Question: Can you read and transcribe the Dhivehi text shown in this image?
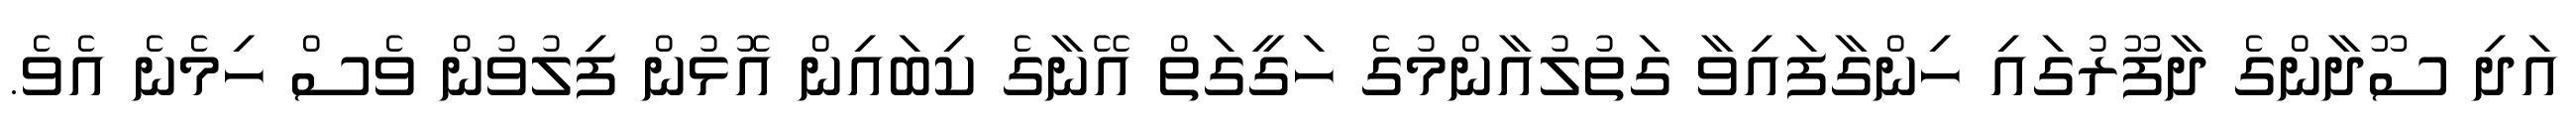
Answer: އަދި ސޫދާންގެ ދާފޫރުގައި ހިންގާފައިވާ ގަތުލުއާންމުގެ ހަގީގަތް އޭނާގެ ކިބައިން އޮޅުން ފިލުވުން ވެސް ހިމެނެ އެވެ.